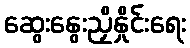
ဆွေးနွေးညှိနှိုင်းရေး